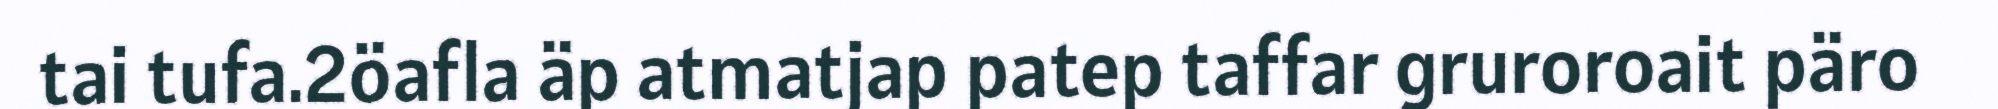
tai tufa.2öafla äp atmatjap patep taffar gruroroait päro